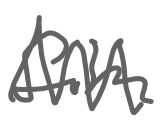
Text: film
Cross-out: zig-zag
Writing tool: digital_gray